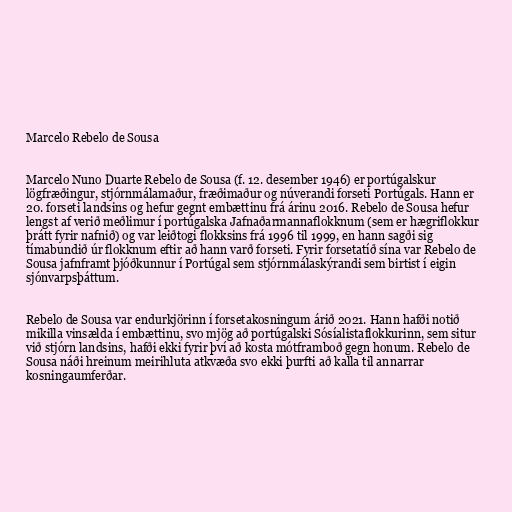
Marcelo Rebelo de Sousa

Marcelo Nuno Duarte Rebelo de Sousa (f. 12. desember 1946) er portúgalskur
lögfræðingur, stjórnmálamaður, fræðimaður og núverandi forseti Portúgals. Hann er
20. forseti landsins og hefur gegnt embættinu frá árinu 2016. Rebelo de Sousa hefur
lengst af verið meðlimur í portúgalska Jafnaðarmannaflokknum (sem er hægriflokkur
þrátt fyrir nafnið) og var leiðtogi flokksins frá 1996 til 1999, en hann sagði sig
tímabundið úr flokknum eftir að hann varð forseti. Fyrir forsetatíð sína var Rebelo de
Sousa jafnframt þjóðkunnur í Portúgal sem stjórnmálaskýrandi sem birtist í eigin
sjónvarpsþáttum.

Rebelo de Sousa var endurkjörinn í forsetakosningum árið 2021. Hann hafði notið
mikilla vinsælda í embættinu, svo mjög að portúgalski Sósíalistaflokkurinn, sem situr
við stjórn landsins, hafði ekki fyrir því að kosta mótframboð gegn honum. Rebelo de
Sousa náði hreinum meirihluta atkvæða svo ekki þurfti að kalla til annarrar
kosningaumferðar.